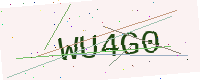
Text: WU4G0